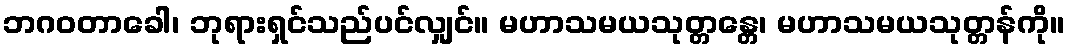
ဘဂဝတာခေါ၊ ဘုရားရှင်သည်ပင်လျှင်။ မဟာသမယသုတ္တန္တေ၊ မဟာသမယသုတ္တန်ကို။